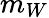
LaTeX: m_{W}